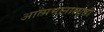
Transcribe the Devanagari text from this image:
आत्मभानासाठी